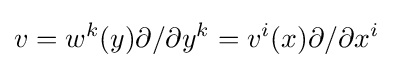
v=w^{k}(y)\partial /\partial y^{k}=v^{i}(x)\partial /\partial x^{i}